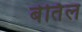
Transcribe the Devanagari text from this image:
बेर्तिल